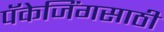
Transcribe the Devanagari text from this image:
पॅकेजिंगसाठी